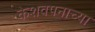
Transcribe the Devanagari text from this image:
केशवपनाच्या